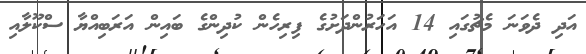
އަދި ދެވަނަ މެޗުގައި 14 އަހަރުންދަށުގެ ފިރިހެން ކުދިންގެ ބައިން އަރަބިއްޔާ ސްކޫލާއި